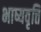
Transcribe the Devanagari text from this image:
भाष्यवृत्ति